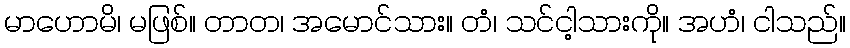
မာဟောမိ၊ မဖြစ်။ တာတ၊ အမောင်သား။ တံ၊ သင်ငါ့သားကို။ အဟံ၊ ငါသည်။